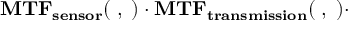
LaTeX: \mathbf { M T F _ { s e n s o r } ( \xi , \eta ) \cdot M T F _ { t r a n s m i s s i o n } ( \xi , \eta ) \cdot }